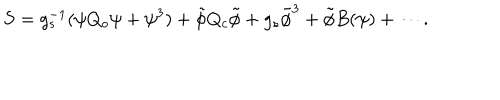
LaTeX: S = g _ { s } ^ { - 1 } ( \psi Q _ { o } \psi + \psi ^ { 3 } ) + \tilde { \phi } Q _ { c } \tilde { \phi } + g _ { s } \tilde { \phi } ^ { 3 } + \tilde { \phi } B ( \psi ) + \cdots .